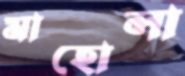
মাহোলা